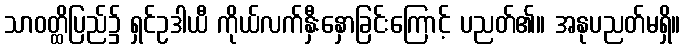
သာဝတ္ထိပြည်၌ ရှင်ဥဒါယီ ကိုယ်လက်နှီးနှောခြင်းကြောင့် ပညတ်၏။ အနုပညတ်မရှိ။